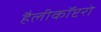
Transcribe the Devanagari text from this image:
हैलीकॉप्टरो